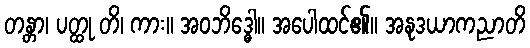
တန္တာ၊ ပတ္ထု တိ၊ ကား။ အဝဘိဒ္ဓေါ။ အပေါထင်၏။ အနုဒယာကညာတိ